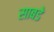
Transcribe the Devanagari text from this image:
साबडे